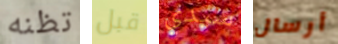
تظنه قبل سيدي أرسال